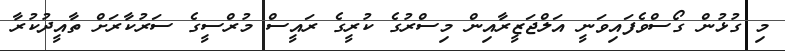
މި ގުޅުން ގޯސްވެފައިވަނީ އަލްޖަޒީރާއިން މިސްރުގެ ކުރީގެ ރައީސް މުރްސީގެ ސަރުކާރަށް ތާއީދުކުރާ